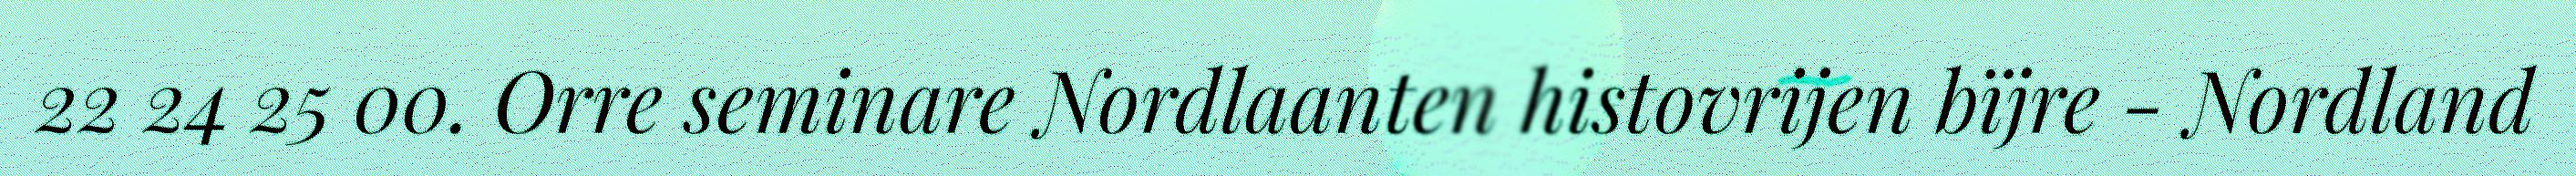
22 24 25 00. Orre seminare Nordlaanten histovrijen bïjre - Nordland